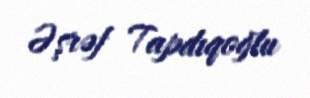
Əşrəf Tapdıqoğlu